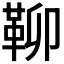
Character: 𩊅